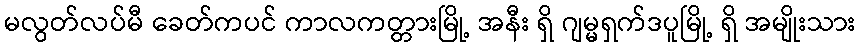
မလွတ်လပ်မီ ခေတ်ကပင် ကာလကတ္တားမြို့ အနီး ရှိ ဂျမ္မရှက်ဒပူမြို့ ရှိ အမျိုးသား